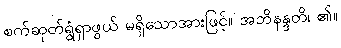
စက်ဆုတ်ရွံရှာဖွယ် မရှိသောအားဖြင့်။ အဘိနန္ဒတိ၊ ၏။